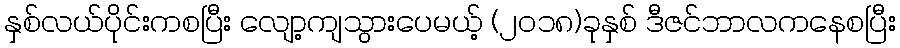
နှစ်လယ်ပိုင်းကစပြီး လျော့ကျသွားပေမယ့် (၂၀၁၈)ခုနှစ် ဒီဇင်ဘာလကနေစပြီး